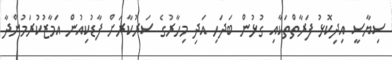
ސިޔާސީ އިދިކޮޅު ފަރާތްތަކާއި ގުޅުން ބަދަހި އަދި މިހާރުގެ ސަރުކާރަށް ފާޑުކިއުން އަމާޒުކުރަމުންދާ